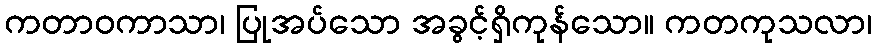
ကတာဝကာသာ၊ ပြုအပ်သော အခွင့်ရှိကုန်သော။ ကတကုသလာ၊